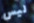
ليس